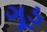
ગૂડ